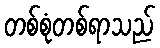
တစ်စုံတစ်ရာသည်